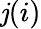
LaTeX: \mathit{j}(i)